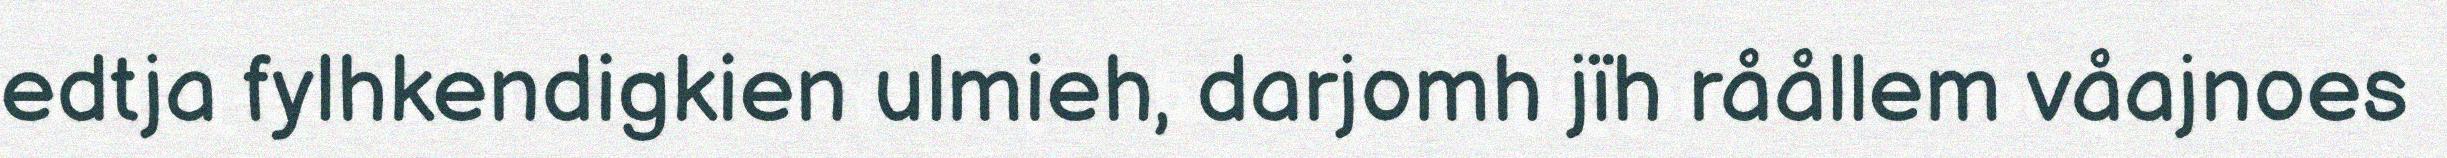
edtja fylhkendigkien ulmieh, darjomh jïh råållem våajnoes